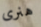
هنرى